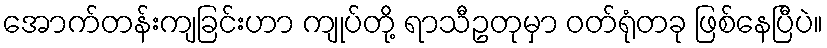
အောက်တန်းကျခြင်းဟာ ကျုပ်တို့ ရာသီဥတုမှာ ဝတ်ရုံတခု ဖြစ်နေပြီပဲ။